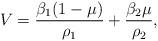
LaTeX: \begin{align*}V = \frac{\beta_1 (1-\mu)}{\rho_1} + \frac{\beta_2\mu}{\rho_2},\end{align*}